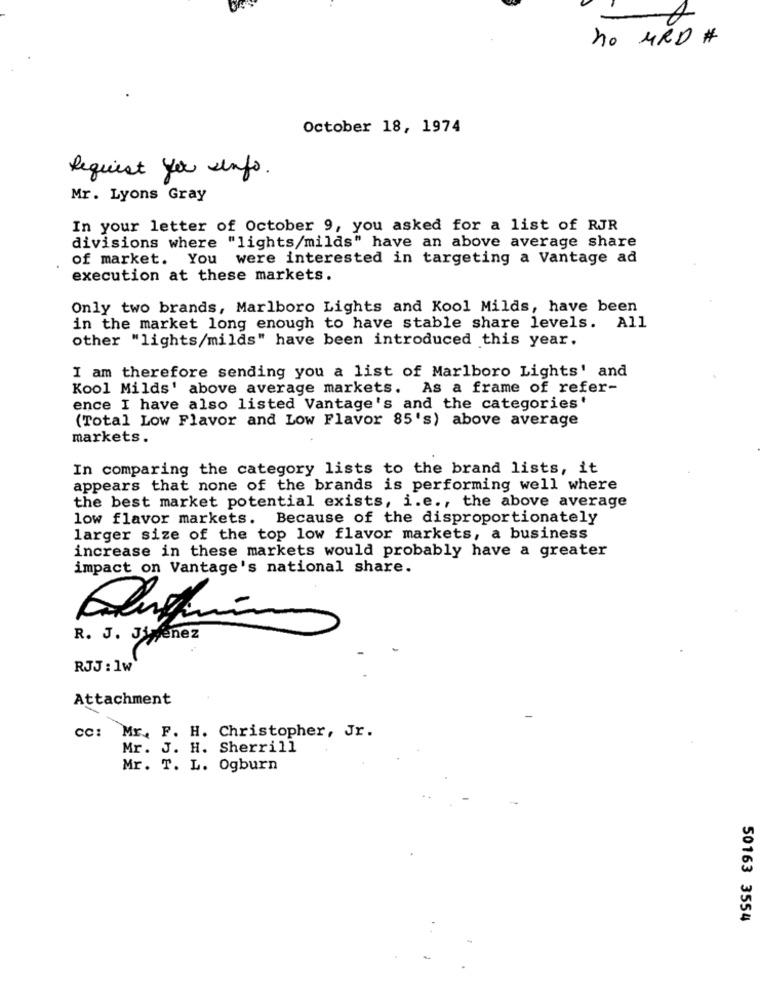
no MRD #
October 18, 1974
Request yer sinfo.
Mr. Lyons Gray
In your letter of October 9, you asked for a list of RJR
divisions where "lights/milds" have an above average share
of market. You were interested in targeting a Vantage ad
execution at these markets.
Only two brands, Marlboro Lights and Kool Milds, have been
in the market long enough to have stable share levels. All
other "lights/milds" have been introduced this year.
I am therefore sending you a list of Marlboro Lights' and
Kool Milds' above average markets. As a frame of refer-
ence I have also listed Vantage's and the categories'
(Total Low Flavor and Low Flavor 85's) above average
markets.
In comparing the category lists to the brand lists, it
appears that none of the brands is performing well where
the best market potential exists, i.e ., the above average
low flavor markets. Because of the disproportionately
larger size of the top low flavor markets, a business
increase in these markets would probably have a greater
impact on Vantage's national share.
R. J. JiMenez
RJJ : 1w
Attachment
CC:
Mr. F. H. Christopher, Jr.
Mr. J. H. Sherrill
Mr. T. L. Ogburn
50163 3554